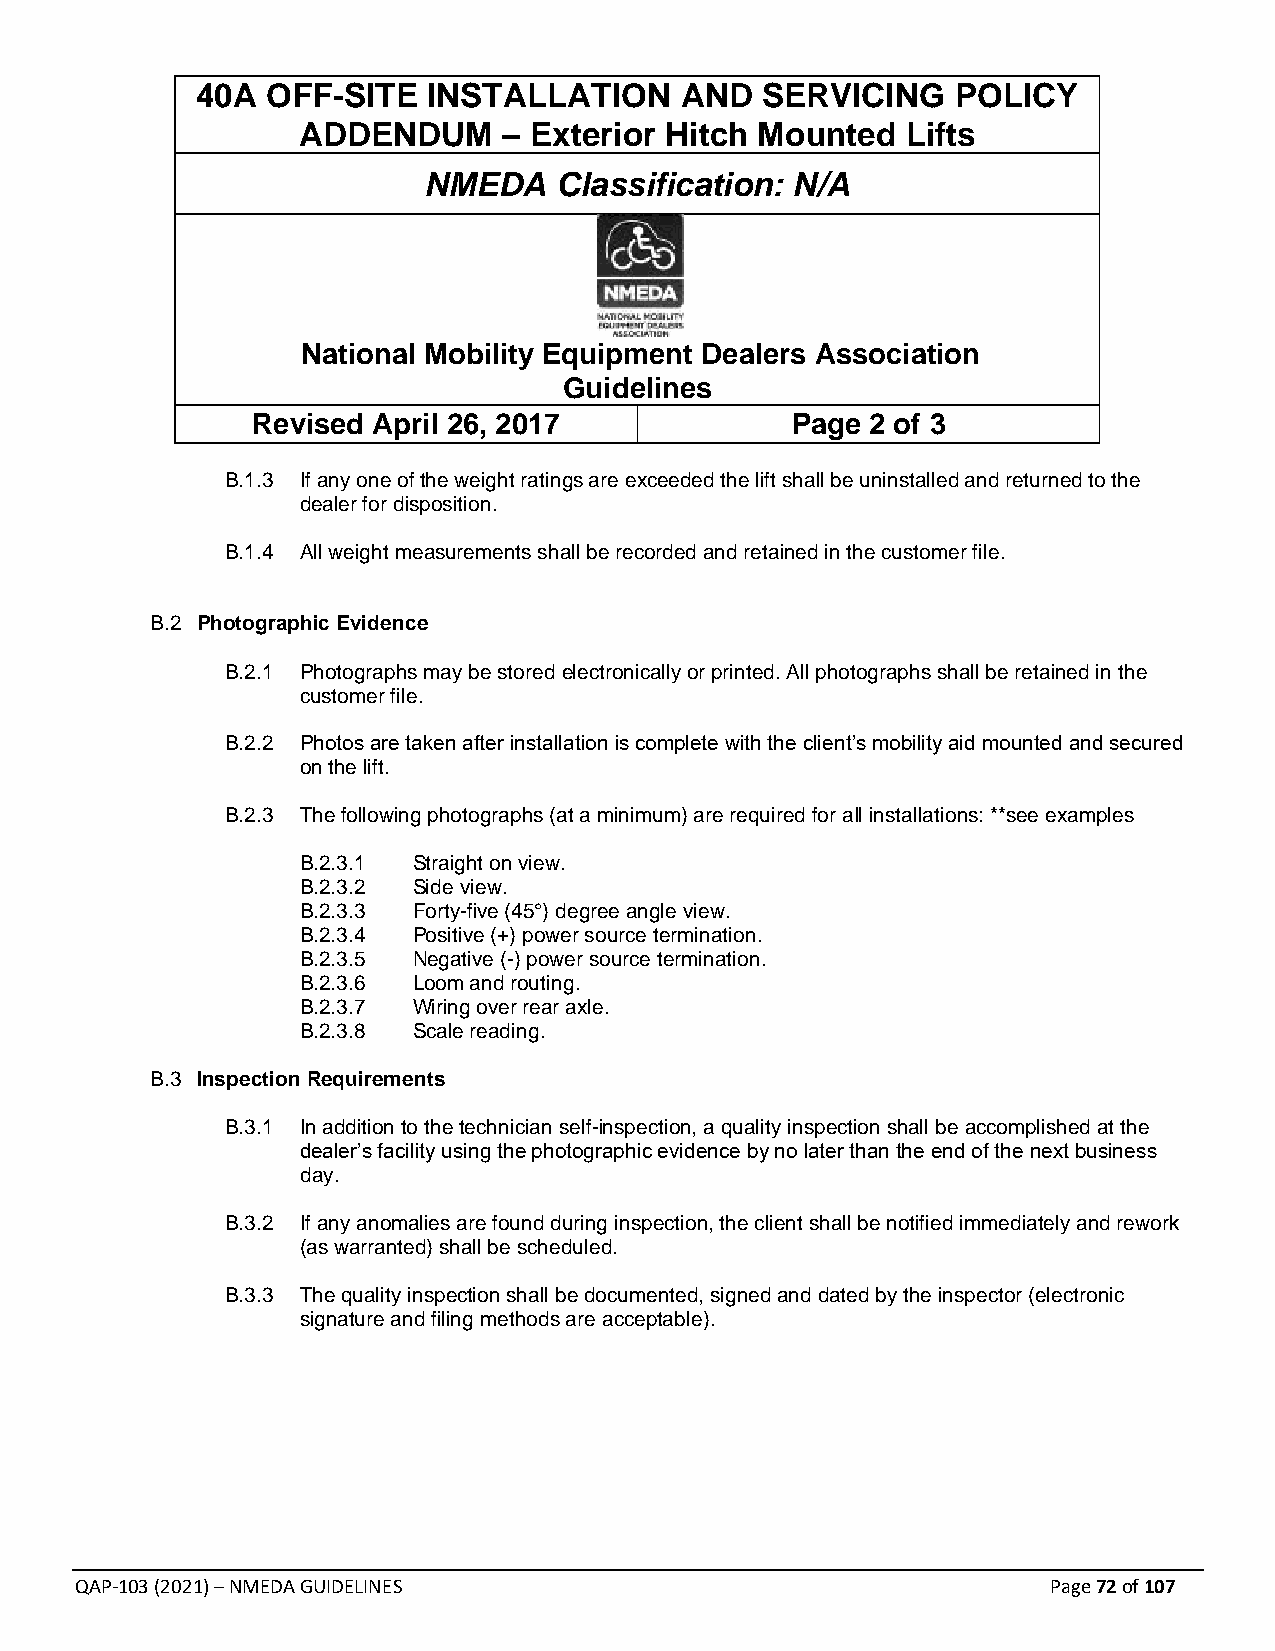
40A  OFF-SITE  INSTALLATION     AND  SERVICING    POLICY
 ADDENDUM     – Exterior Hitch Mounted   Lifts
 NMEDA    Classification: N/A
 National Mobility Equipment Dealers Association
 Guidelines
 Revised April 26, 2017             Page  2 of 3
 B.1.3 If any one of the weight ratings are exceeded the lift shall be uninstalled and returned to the
 dealer for disposition.
 B.1.4 All weight measurements shall be recorded and retained in the customer file.
 B.2 Photographic Evidence
 B.2.1 Photographs may be stored electronically or printed. All photographs shall be retained in the
 customer file.
 B.2.2 Photos are taken after installation is complete with the client’s mobility aid mounted and secured
 on the lift.
 B.2.3 The following photographs (at a minimum) are required for all installations: **see examples
 B.2.3.1 Straight on view.
 B.2.3.2 Side view.
 B.2.3.3 Forty-five (45°) degree angle view.
 B.2.3.4 Positive (+) power source termination.
 B.2.3.5 Negative (-) power source termination.
 B.2.3.6 Loom and routing.
 B.2.3.7 Wiring over rear axle.
 B.2.3.8 Scale reading.
 B.3 Inspection Requirements
 B.3.1 In addition to the technician self-inspection, a quality inspection shall be accomplished at the
 dealer’s facility using the photographic evidence by no later than the end of the next business
 day.
 B.3.2 If any anomalies are found during inspection, the client shall be notified immediately and rework
 (as warranted) shall be scheduled.
 B.3.3 The quality inspection shall be documented, signed and dated by the inspector (electronic
 signature and filing methods are acceptable).
 QAP-103 (2021) – NMEDA GUIDELINES                                Page 72 of 107